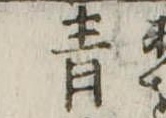
青